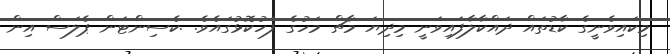
މިކައިވެނީގެ ކާޑުތައް ދައްކާލާފައިވަނީ މިދިޔަ މާޗް މަހުގެ ފަހުކޮޅުގައެވެ. .ކެސިންޓަން ޕެލަސް އިން